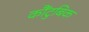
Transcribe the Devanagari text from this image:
कौंटुबिक